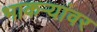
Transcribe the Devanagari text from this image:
भाकऱ्यांवर